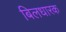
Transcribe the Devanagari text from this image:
बिलधारक